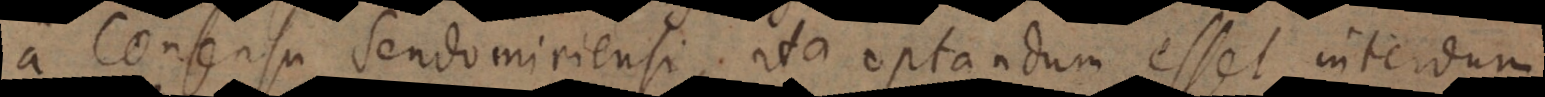
a Consensu Sendomiriensi, ita optandum esset interdum